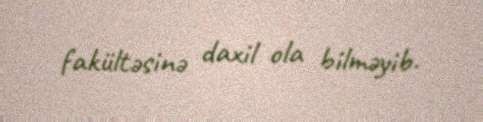
fakültəsinə daxil ola bilməyib.